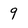
Character: 9